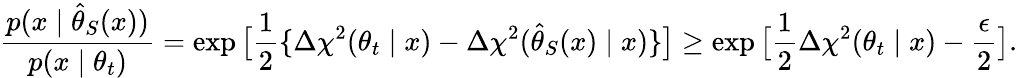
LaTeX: \frac{p(x\mid\hat{\theta}_{S}(x))}{p(x\mid\theta_{t})}=\exp\big[\frac{1}{2}\{ \Delta\chi^{2}(\theta_{t}\mid x)-\Delta\chi^{2}(\hat{\theta}_{S}(x)\mid x)\} \big]\ge\exp\big[\frac{1}{2}\Delta\chi^{2}(\theta_{t}\mid x)-\frac{\epsilon}{2}\big].